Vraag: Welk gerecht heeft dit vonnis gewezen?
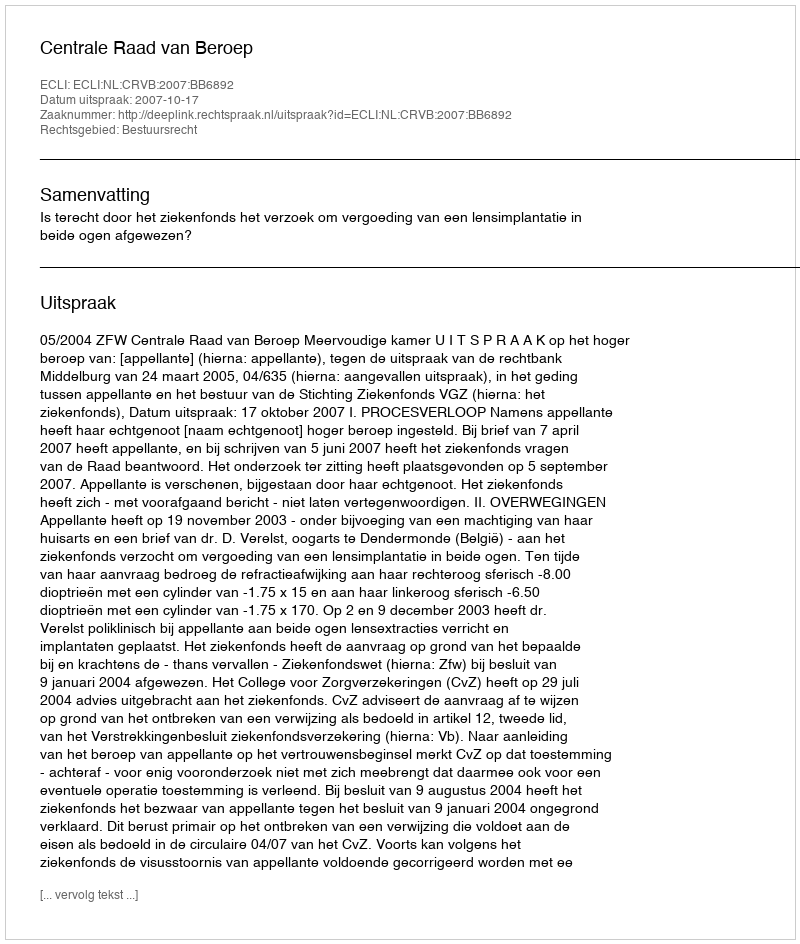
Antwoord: Centrale Raad van Beroep